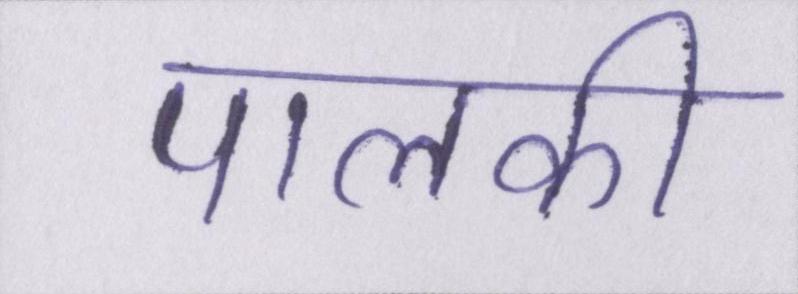
पालकी